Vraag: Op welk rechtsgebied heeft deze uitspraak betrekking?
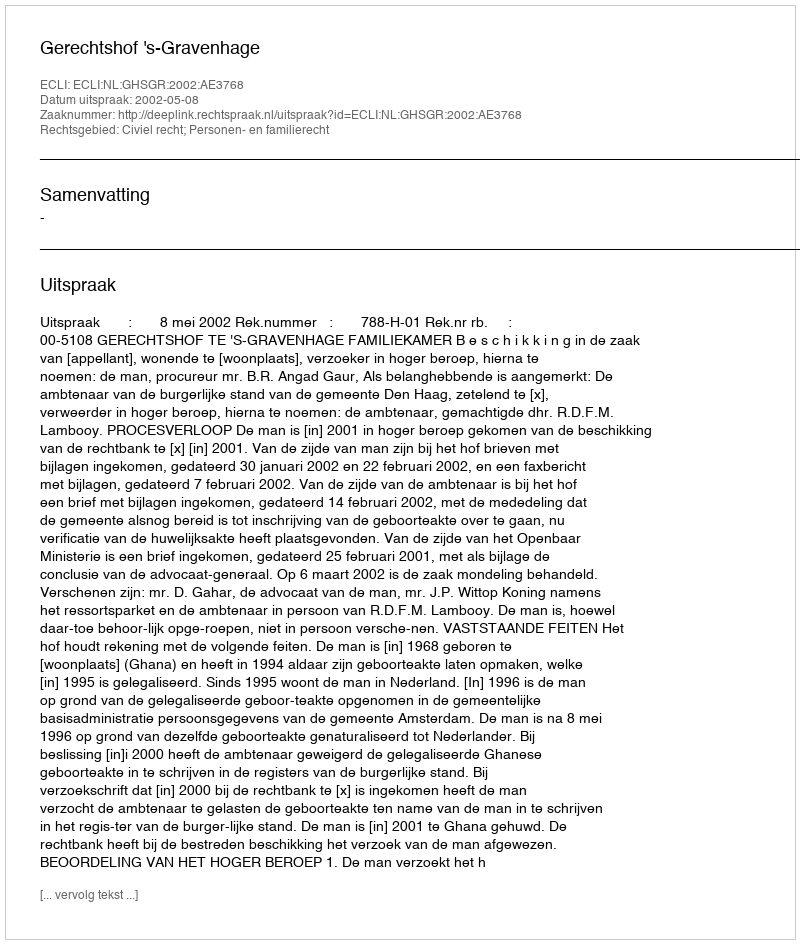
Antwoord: Civiel recht; Personen- en familierecht